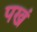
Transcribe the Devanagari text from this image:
पखं